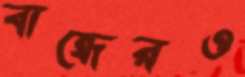
বান্ধেরও